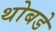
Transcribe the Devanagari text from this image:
थोबडे